Civil Veterinary Dept. Assam report 1927-50 - 1927-1950
Year: 1927
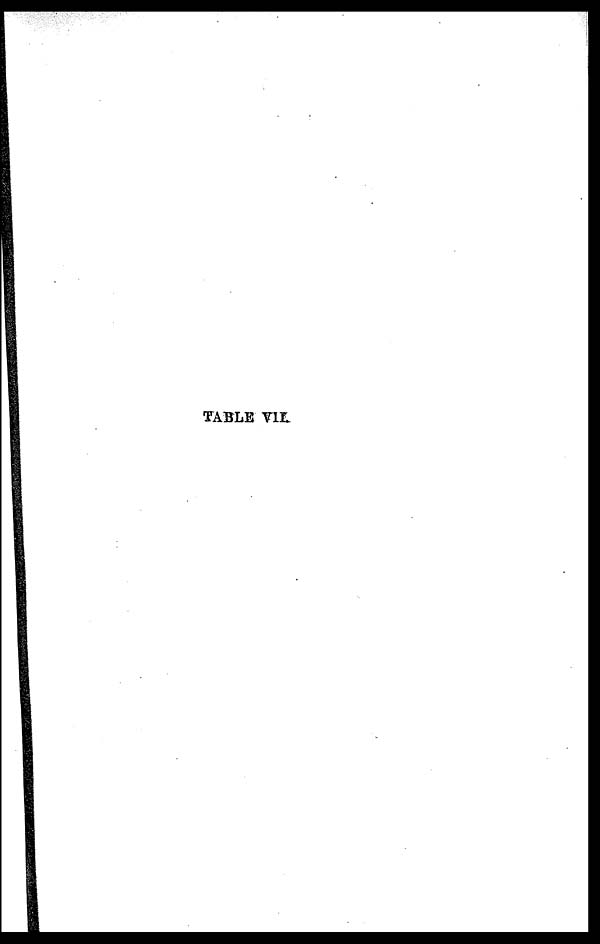
TABLE VII.